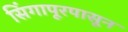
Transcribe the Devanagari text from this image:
सिंगापूरपासून